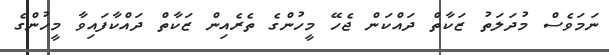
ނަމަވެސް މުދަލަތު ޒަކާތް ދައްކަން ޖެހޭ މީހުންގެ ތެރެއިން ޒަކާތް ދައްކާފައިވާ މީހުންގެ